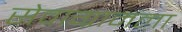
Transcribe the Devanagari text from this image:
सेवाग्रामला